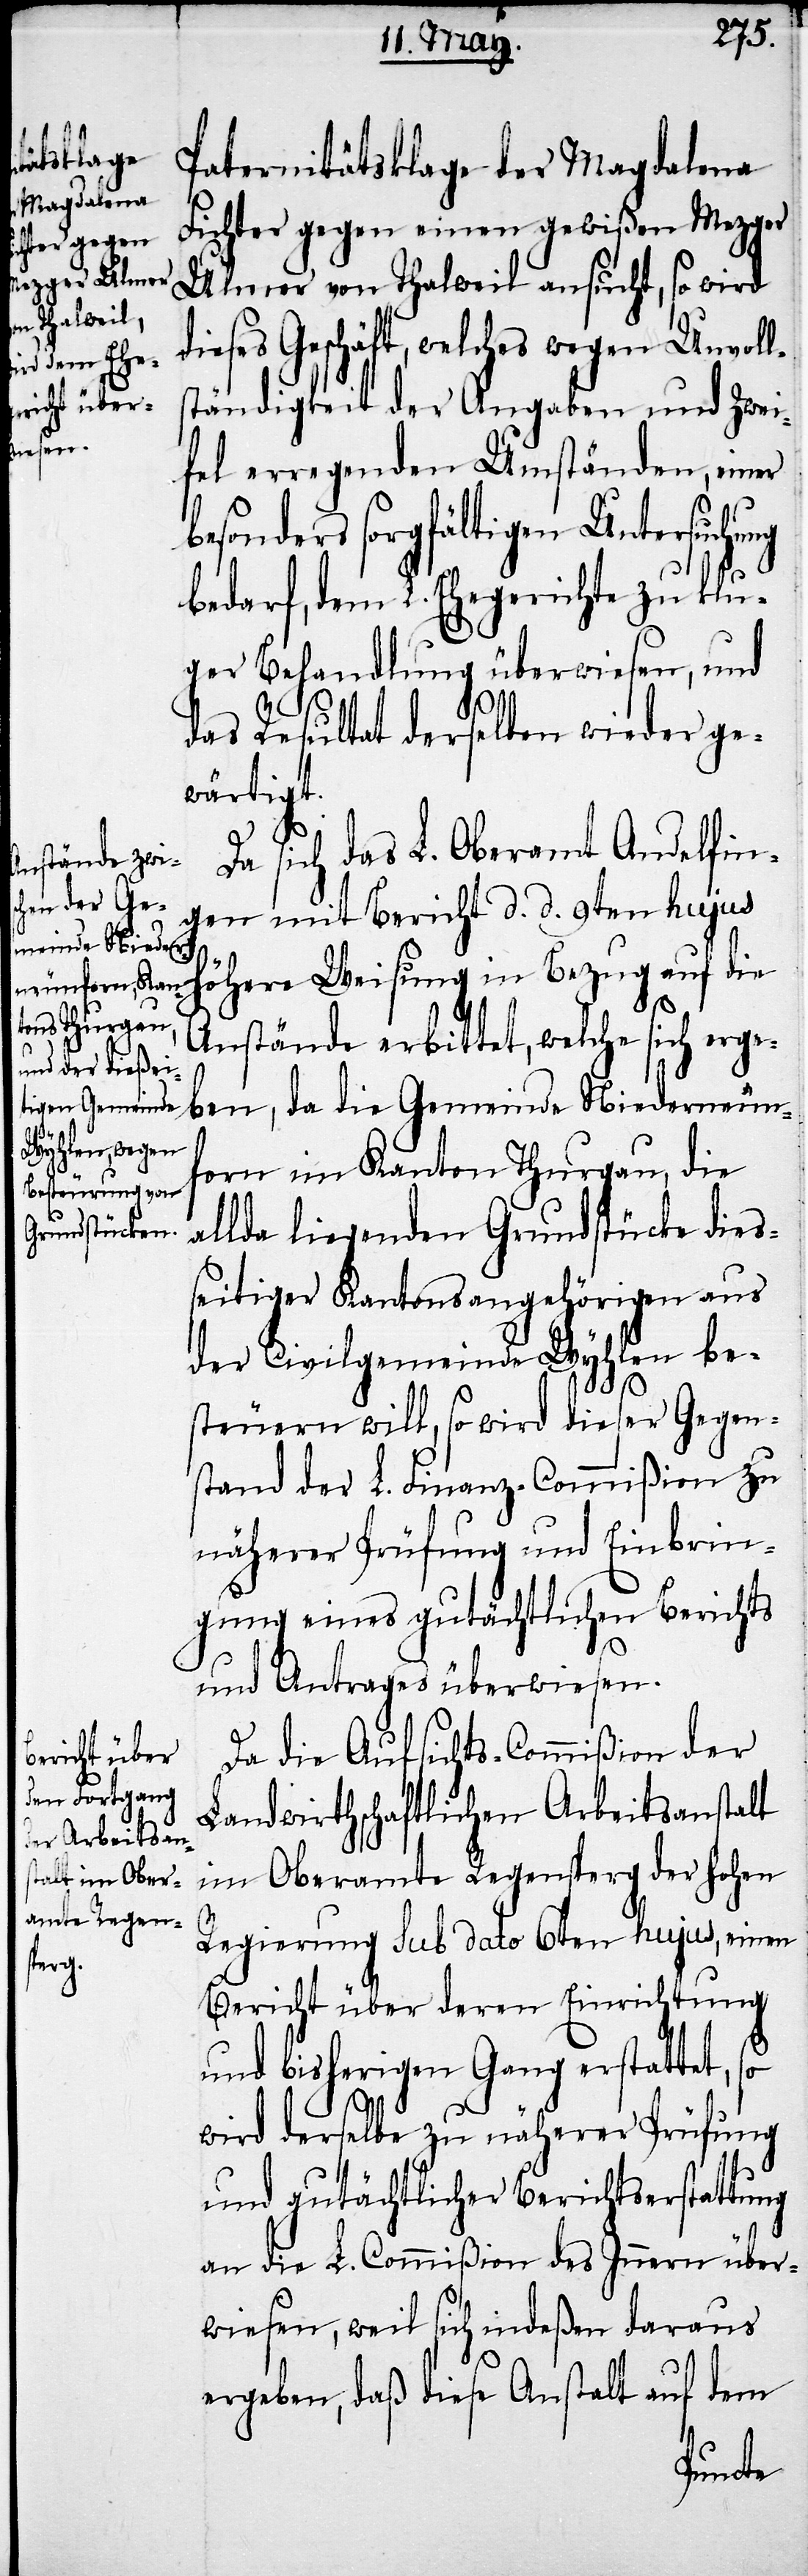
Paternitätsklage der Magdalena
Fichter gegen einen gewißen Mezger
Ulmer von Thalweil ansucht, so wird
dieses Geschäft, welches wegen Unvoll¬
ständigkeit der Angaben und Zwei¬
fel erregenden Umständen, einer
besonders sorgfältigen Untersuchung
bedarf, dem L. Ehegerichte zu klu¬
ger Behandlung überwiesen, und
das Resultat derselben wieder ge¬
wärtigt.
Da sich das L. Oberamt Andelfin¬
gen mit Bericht d. d. 9ten hujus
höhere Weisung in Bezug auf die
Anstände erbittet, welche sich erge¬
ben, da die Gemeinde Niederneun¬
forn im Kanton Thurgau, die
allda liegenden Grundstücke dies¬
seitiger Kantonsangehörigen aus
der Civilgemeinde Wyhlen be¬
steuern will, so wird dieser Gegen¬
stand der L. Finanz-Commißion zu
näherer Prüfung und Einbrin¬
gung eines gutächtlichen Berichts
und Antrages überwiesen.
Da die Aufsichts-Commißion der
Landwirtschaftlichen Arbeitsanstalt
im Oberamte Regensperg der hohen
Regierung sub dato 6ten hujus, einen
Bericht über deren Einrichtung
und bisherigen Gang erstattet, so
wird derselbe zu näherer Prüfung
und gutächtlicher Berichtserstattung
an die L. Commißion des Innern über¬
wiesen, weil sich indeßen daraus
ergeben, daß diese Anstalt auf dem